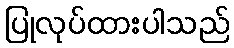
ပြုလုပ်ထားပါသည်